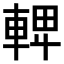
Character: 𨌦